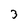
Character: 3